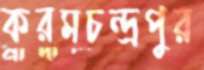
করমচন্দ্রপুর